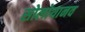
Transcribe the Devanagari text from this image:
सोलोयानव